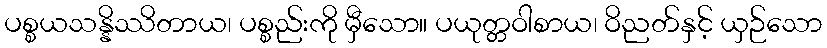
ပစ္စယသန္နိဿိတာယ၊ ပစ္စည်းကို မှီသော။ ပယုတ္တဝါစာယ၊ ဝိညတ်နှင့် ယှဉ်သော